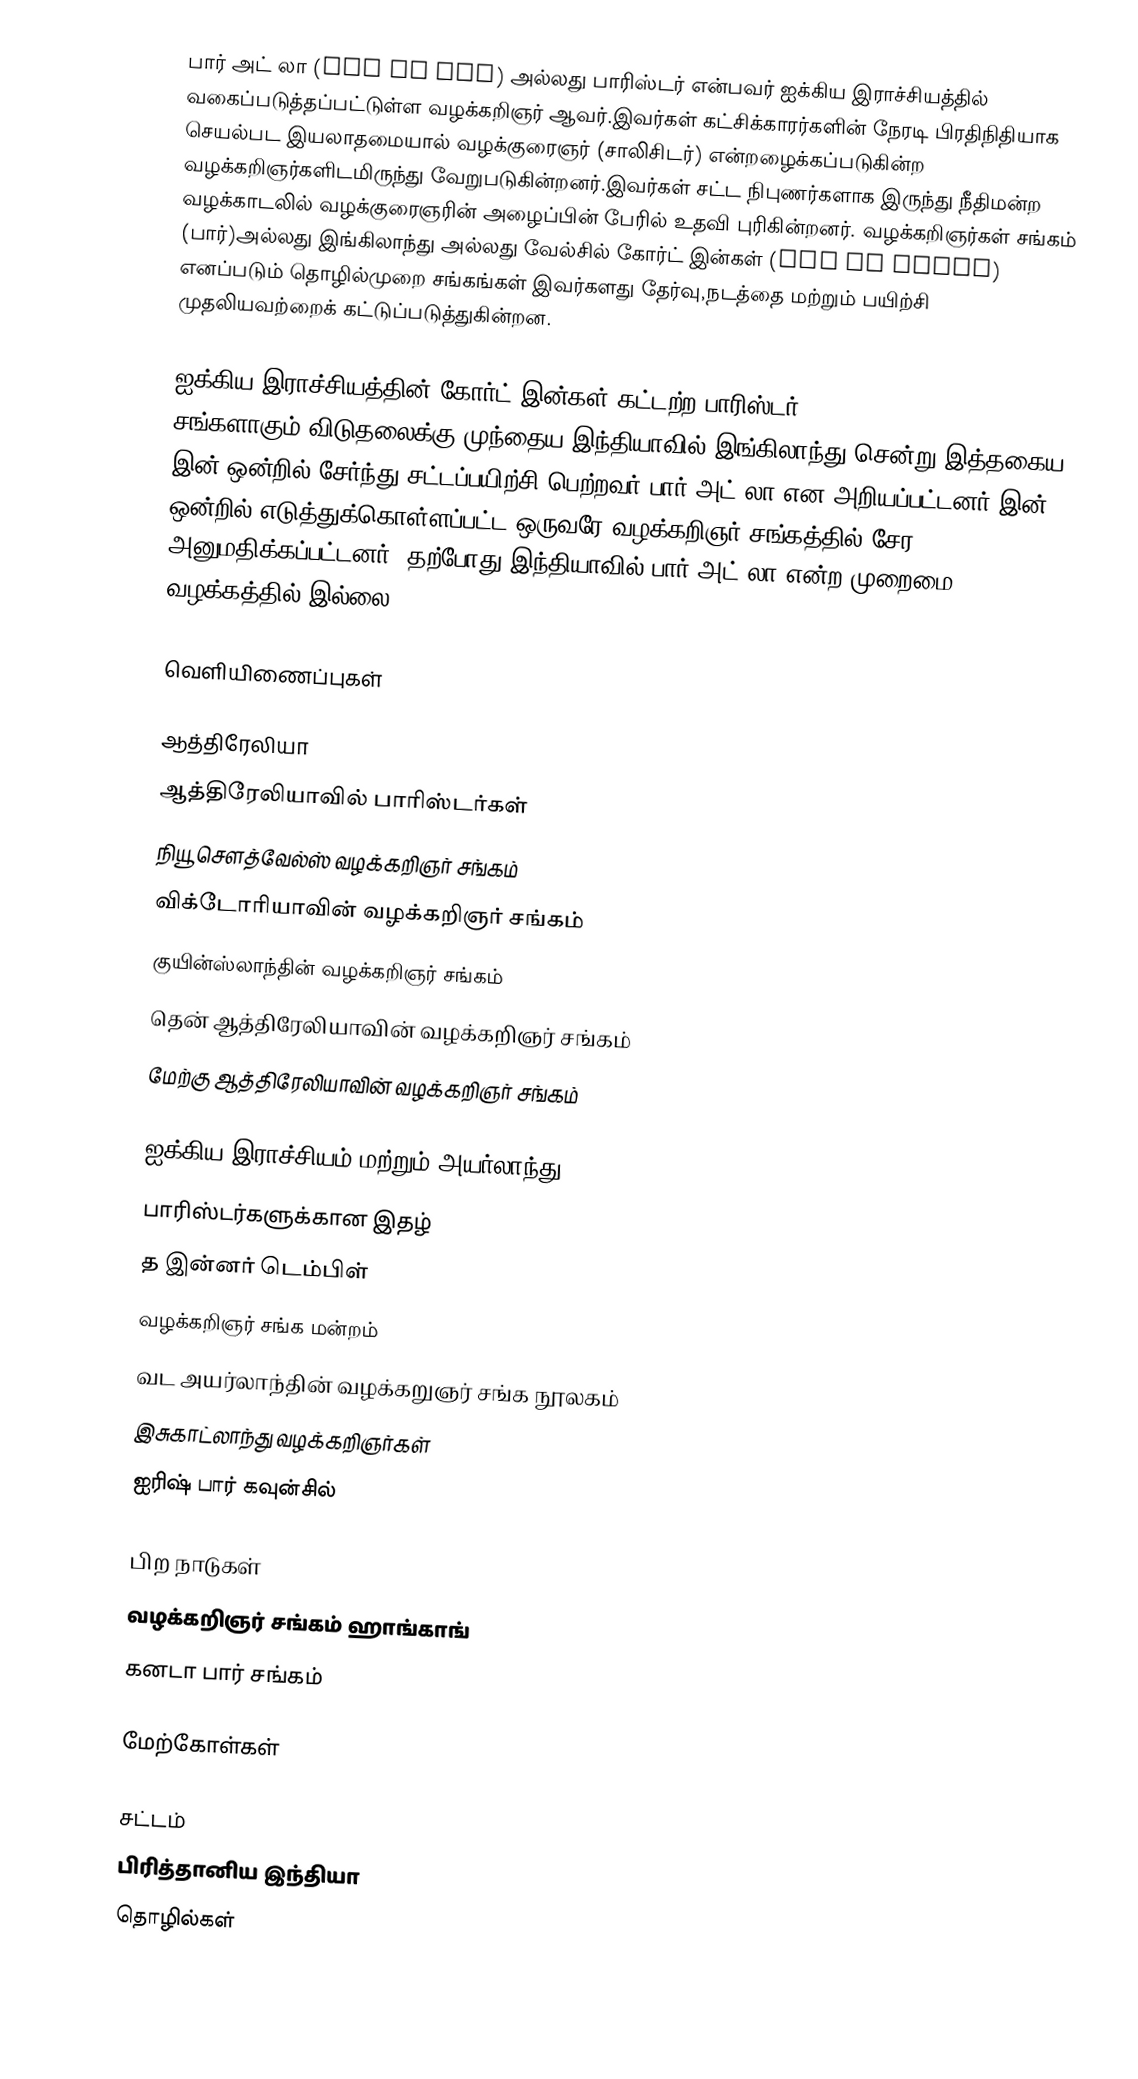
பார் அட் லா (Bar at Law) அல்லது பாரிஸ்டர்  என்பவர் ஐக்கிய இராச்சியத்தில் வகைப்படுத்தப்பட்டுள்ள வழக்கறிஞர் ஆவர்.இவர்கள் கட்சிக்காரர்களின் நேரடி பிரதிநிதியாக செயல்பட இயலாதமையால் வழக்குரைஞர் (சாலிசிடர்) என்றழைக்கப்படுகின்ற வழக்கறிஞர்களிடமிருந்து வேறுபடுகின்றனர்.இவர்கள் சட்ட நிபுணர்களாக இருந்து நீதிமன்ற வழக்காடலில் வழக்குரைஞரின் அழைப்பின் பேரில் உதவி புரிகின்றனர். வழக்கறிஞர்கள் சங்கம் (பார்)அல்லது இங்கிலாந்து அல்லது வேல்சில் கோர்ட் இன்கள் (Inn of court) எனப்படும் தொழில்முறை சங்கங்கள் இவர்களது தேர்வு,நடத்தை மற்றும் பயிற்சி முதலியவற்றைக் கட்டுப்படுத்துகின்றன.

ஐக்கிய இராச்சியத்தின் கோர்ட் இன்கள் கட்டற்ற பாரிஸ்டர் சங்களாகும்.விடுதலைக்கு முந்தைய இந்தியாவில் இங்கிலாந்து சென்று இத்தகைய இன் ஒன்றில் சேர்ந்து சட்டப்பயிற்சி பெற்றவர் பார் அட் லா என அறியப்பட்டனர்.இன் ஒன்றில் எடுத்துக்கொள்ளப்பட்ட ஒருவரே வழக்கறிஞர் சங்கத்தில் சேர அனுமதிக்கப்பட்டனர். தற்போது இந்தியாவில் பார் அட் லா என்ற முறைமை வழக்கத்தில் இல்லை.

வெளியிணைப்புகள்

ஆத்திரேலியா
 ஆத்திரேலியாவில் பாரிஸ்டர்கள்
நியூ சௌத்வேல்ஸ் வழக்கறிஞர் சங்கம்
விக்டோரியாவின் வழக்கறிஞர் சங்கம்
குயின்ஸ்லாந்தின் வழக்கறிஞர் சங்கம்
தென் ஆத்திரேலியாவின் வழக்கறிஞர் சங்கம்
மேற்கு ஆத்திரேலியாவின் வழக்கறிஞர் சங்கம்

ஐக்கிய இராச்சியம் மற்றும் அயர்லாந்து
பாரிஸ்டர்களுக்கான இதழ்
த இன்னர் டெம்பிள்
வழக்கறிஞர் சங்க மன்றம்
வட அயர்லாந்தின் வழக்கறுஞர் சங்க நூலகம்
 இசுகாட்லாந்து வழக்கறிஞர்கள்
ஐரிஷ் பார் கவுன்சில்

பிற நாடுகள்
வழக்கறிஞர் சங்கம் ஹாங்காங்
கனடா பார் சங்கம்

மேற்கோள்கள்

சட்டம்
பிரித்தானிய இந்தியா
தொழில்கள்